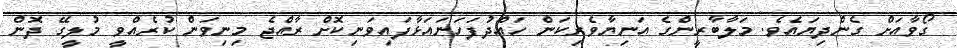
ގޯވާއަށް ގެންދިޔައެވެ. މަލާބާރީންގެ އަނިޔާވެރިކަން ހައްދުފަހަނައަޅާފައިވަނިކޮށް ރާއްޖެ މިނިވަން ކުރެއްވީ މުލީގޭ ދޮން